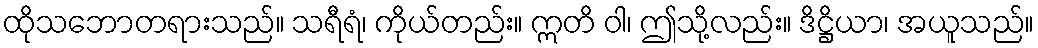
ထိုသဘောတရားသည်။ သရီရံ၊ ကိုယ်တည်း။ ဣတိ ဝါ၊ ဤသို့လည်း။ ဒိဋ္ဌိယာ၊ အယူသည်။